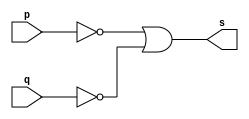
// -------------------------
// Ex 4 - NAND
// Nome: Gabriel Benjamim de Carvalho
// -------------------------
// -------------------------
// -- nand gate
// -------------------------
module nandgate ( output s, input  p,input  q);
assign s = ~p | ~q;
endmodule // nandgate
// ---------------------
// -- test nand gate
// ---------------------
module testnandgate;
// ------------------------- dados locais
   reg   a, b; // definir registradores
	wire  s;    // definir conexao (fio)
// ------------------------- instancia
   nandgate NAND1 (s, a, b);
// ------------------------- preparacao
   initial begin:start
                   // atribuicao simultanea
// dos valores iniciais
      a=0; b=0;
   end// ------------------------- parte principal
   initial begin
         $display("Ex4 - Gabriel Benjamim de Carvalho - 396690");
         $display("Test NAND gate");
         $display("\na & b = s\n");
           a=0; b=0;
  #1   $display("%b nand %b = %b", a, b, s);
           a=0; b=1;
  #1  $display("%b nand %b = %b", a, b, s);
           a=1; b=0;
  #1   $display("%b nand %b = %b", a, b, s);
           a=1; b=1;
  #1   $display("%b nand %b = %b", a, b, s);
  end
endmodule // testnandgate